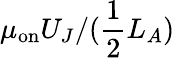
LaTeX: \mu_{\mathrm{on}}U_{J}/(\frac{1}{2}L_{A})